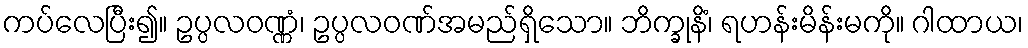
ကပ်လေပြီး၍။ ဥပ္ပလဝဏ္ဏံ၊ ဥပ္ပလဝဏ်အမည်ရှိသော။ ဘိက္ခုနိံ၊ ရဟန်းမိန်းမကို။ ဂါထာယ၊